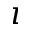
\imath